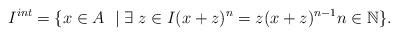
LaTeX: \begin{align*}I^{int}=\{x\in A~ \mid \exists~ z \in I (x+z)^n = z(x+z)^{n-1} n \in \mathbb{N}\}.\end{align*}